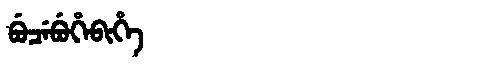
Manchu: ᠪᡠᠴᡝᠪᡠᡥᡝᠪᡳᡥᡝ
Romanization: BUCEBUHEBIHE